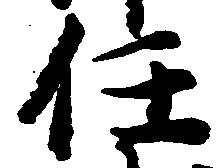
任